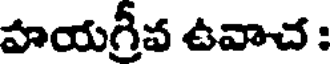
పాయగ్రీవ ఉవాచ :